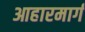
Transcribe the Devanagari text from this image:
आहारमार्ग